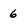
Character: 6